Report on the administration of the Government Cinchona Department 1892-98
Year: 1892
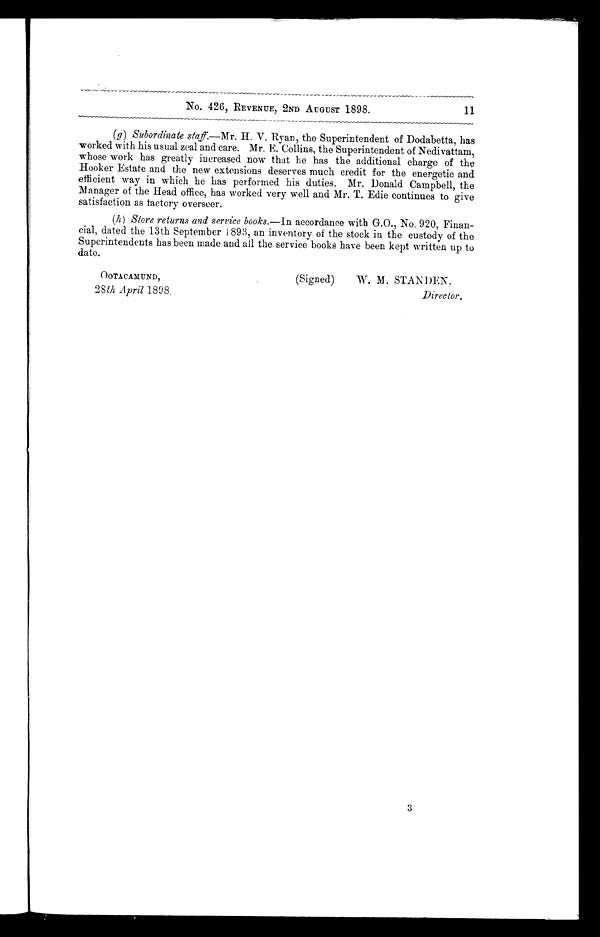
No. 426, REVENUE, 2ND AUGUST 1898. 11
(g) Subordinate staff—Mr. H. V. Ryan, the Superintendent of Dodabetta, has
worked with his usual zeal and care. Mr. E. Collins, the Superintendent of Nedivattam,
whose work has greatly increased now that he has the additional charge of the
Hooker Estate and the new extensions deserves much credit for the energetic and
efficient way in which he has performed his duties. Mr. Donald Campbell, the
Manager of the Head office, has worked very well and Mr. T. Edie continues to give
satisfaction as factory overseer.
(h) Store returns and service books.— In accordance with G.O., No. 920, Finan-
cial, dated the 13th September 1893, an inventory of the stock in the custody of the
Superintendents has been made and all the service books have been kept written up to
date.
OOTACAMUND,
28th April 1898.
(Signed) W. M. STANDEN,
Director.
3